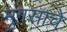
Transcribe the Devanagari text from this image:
मुंगसाचे